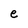
Character: e